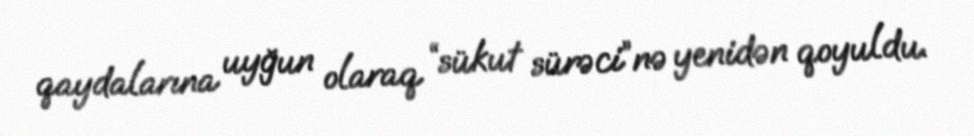
qaydalarına uyğun olaraq “sükut sürəci”nə yenidən qoyuldu.